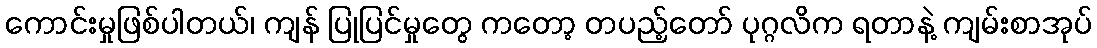
ကောင်းမှုဖြစ်ပါတယ်၊ ကျန် ပြုပြင်မှုတွေ ကတော့ တပည့်တော် ပုဂ္ဂလိက ရတာနဲ့ ကျမ်းစာအုပ်